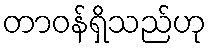
တာဝန်ရှိသည်ဟု